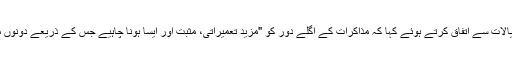
وزیرِاعظم گیلانی نے اپنے بھارتی ہم منصب کے خیالات سے اتفاق کرتے ہوئے کہا کہ مذاکرات کے اگلے دور کو "مزید تعمیراتی، مثبت اور ایسا ہونا چاہیے جس کے ذریعے دونوں ممالک کے تعلقات ایک نئے دور میں داخل ہوسکیں"۔